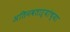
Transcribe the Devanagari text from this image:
अतिनवताऱ्यांच्या